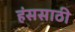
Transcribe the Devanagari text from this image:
हंससाठी